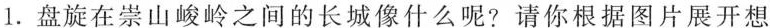
1.盘旋在崇山峻岭之间的长城像什么呢?请你根据图片展开想